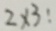
2 \times 3 :